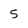
Character: 5